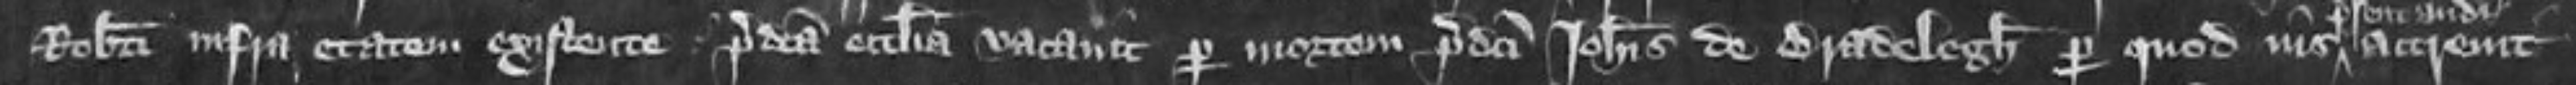
Roberti infra etatem existente predicta ecclesia vacavit per mortem predicti Johannis de Bradelegh per quod ius accrevit